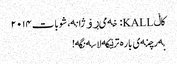
کاڵ KALL: خەمی ڕۆژانە، شوبات ٢٠١٤
بەرچنەی بارە ترێکە لاسەنگە!